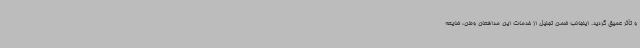
و تأثر عمیق گردید. اینجانب ضمن تجلیل از خدمات این مدافعان وطن، ضایعه